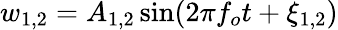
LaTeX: w_{1,2}=A_{1,2}\sin(2\pi f_{o}t+\xi_{1,2})